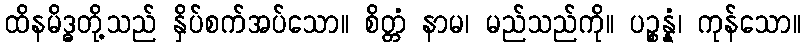
ထိနမိဒ္ဓတို့သည် နှိပ်စက်အပ်သော။ စိတ္တံ နာမ၊ မည်သည်ကို။ ပဉ္စန္နံ၊ ကုန်သော။